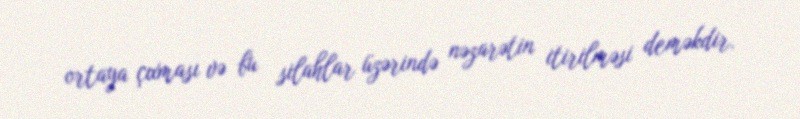
ortaya çıxması və bu silahlar üzərində nəzarətin itirilməsi deməkdir.